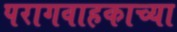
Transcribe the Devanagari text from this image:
परागवाहकाच्या